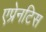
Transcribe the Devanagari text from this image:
एप्रेनटिस